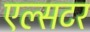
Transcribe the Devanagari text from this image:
एल्सटर